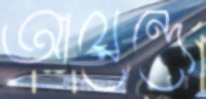
আয়েন্দে